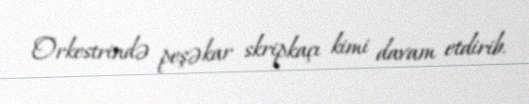
Orkestrində peşəkar skripkaçı kimi davam etdirib.